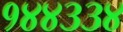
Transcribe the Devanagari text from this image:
१४४३३४